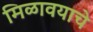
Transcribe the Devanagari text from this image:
मिळावयाचे